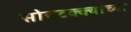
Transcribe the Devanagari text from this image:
सोनटक्क्यांच्या